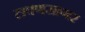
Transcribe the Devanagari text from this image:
लवणसागर